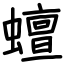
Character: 蟺